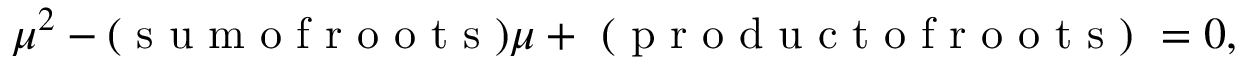
\mu ^ { 2 } - ( \mathrm { ~ s ~ u ~ m ~ o ~ f ~ r ~ o ~ o ~ t ~ s ~ } ) \mu + \mathrm { ~ ( ~ p ~ r ~ o ~ d ~ u ~ c ~ t ~ o ~ f ~ r ~ o ~ o ~ t ~ s ~ ) ~ } = 0 ,